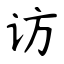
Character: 访